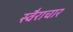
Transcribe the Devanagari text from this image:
स्वैराचार